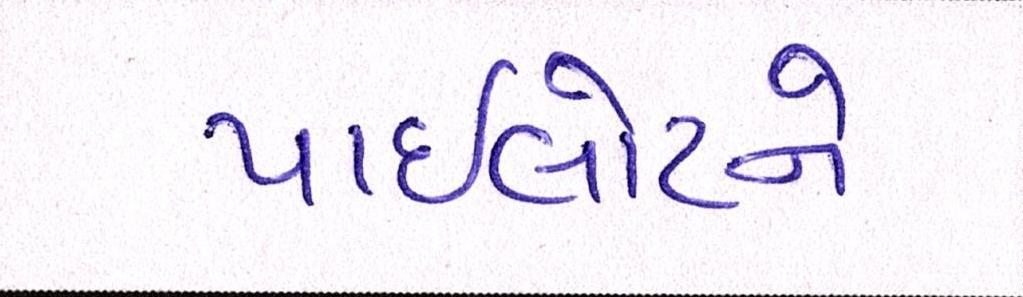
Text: પાઈલોટને